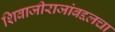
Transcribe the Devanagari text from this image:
शिवाजीराजांबद्दलचा